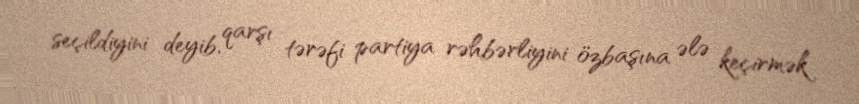
seçildiyini deyib, qarşı tərəfi partiya rəhbərliyini özbaşına ələ keçirmək